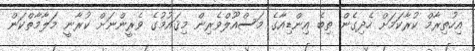
އިހުތިރާމް ކުރާކަމަށް ހެދިގެން ތިބެ އިންޑިއާގެ މަސްއޫލްވެރިން މިޤައުމުގެ ވެރީންނަށް ކުރާނީ މަލާމާތްކަން